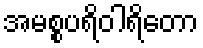
အမစ္စပရိဝါရိတော